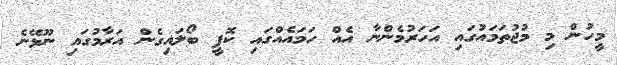
މީހުން މި މުޖުތަމައުގައި އަހަރުމެންނާ އެއް ހަމައެއްގައި ކޮފީ ބޯލައިގެން އަރާމުގައި ނޫޅޭނެ